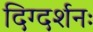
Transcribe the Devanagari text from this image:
दिग्दर्शनः